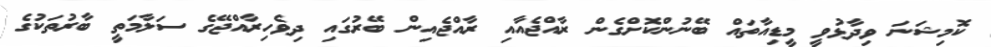
ކޮމިޝަނަ ވިދާޅުވީ މީޑިއާތައް ބޭނުންކޮށްގެން ރާއްޖެއާއި ރާއްޖެއިން ބޭރުގައި ދިވެހިރާއްޖޭގެ ސަލާމަތީ ބާރުތަކުގެ